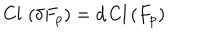
\mathrm { C l } \, \left( \delta F _ { p } \right) = d \, \mathrm { C l } \left( F _ { p } \right)